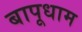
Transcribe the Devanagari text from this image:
बापूधाम